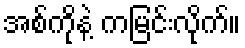
အစ်ကိုနဲ့ ကမြင်းလိုက်။